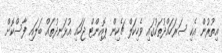
އިތުރުން އެކި ސަރަހައްދުތަކުގައި ވެހިކަލް ޗެކިން ޕޮއިންޓް ޖަހައި އުޅަނދުތައް ބަލައި ފާސްކޮށް